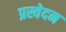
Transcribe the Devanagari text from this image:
प्रस्वेदन